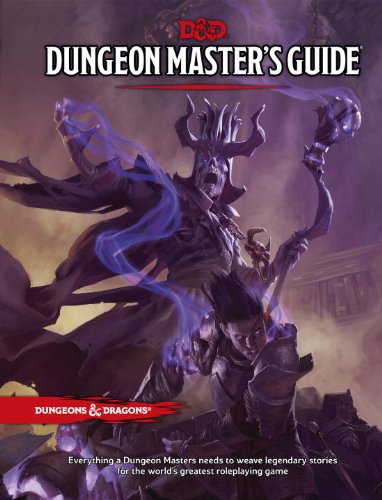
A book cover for Dungeon Master's Guide (D&D Core Rulebook); Wizards RPG Team; Science Fiction & Fantasy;